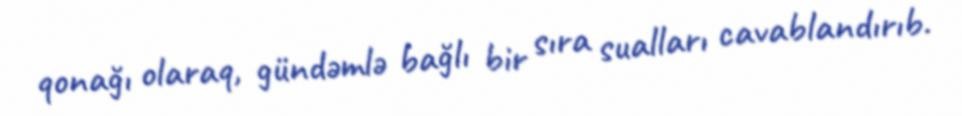
qonağı olaraq, gündəmlə bağlı bir sıra sualları cavablandırıb.